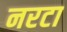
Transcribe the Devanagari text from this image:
नरटा